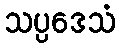
သပ္ပဒေသံ